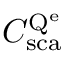
C _ { \mathrm { s c a } } ^ { \mathrm { Q ^ { e } } }